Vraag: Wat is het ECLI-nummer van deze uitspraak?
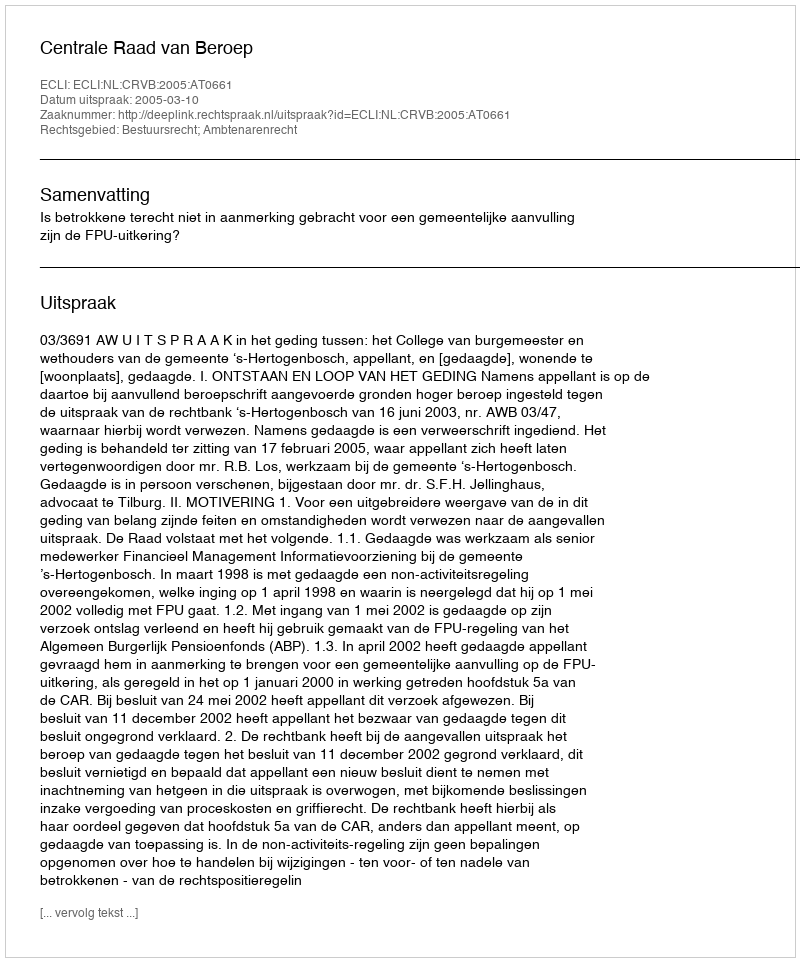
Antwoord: ECLI:NL:CRVB:2005:AT0661